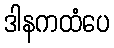
ဒါနကထံပေ